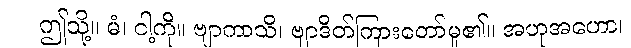
ဤသို့။ မံ၊ ငါ့ကို။ ဗျာကာသိ၊ ဗျာဒိတ်ကြားတော်မူ၏။ အဟုအဟော၊